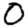
Digit: 0